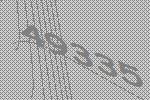
49335